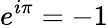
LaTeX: e^{i\pi}=-1